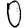
Digit: 0